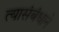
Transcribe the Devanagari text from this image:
त्यासंबंधाने